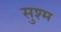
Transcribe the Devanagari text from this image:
सुश्म